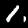
Digit: 1